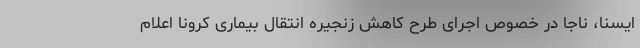
ایسنا، ناجا در خصوص اجرای طرح کاهش زنجیره انتقال بیماری کرونا اعلام